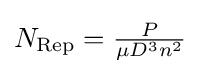
{\textstyle N_{\mathrm {Rep} }={\frac {P}{\mu D^{3}n^{2}}}}